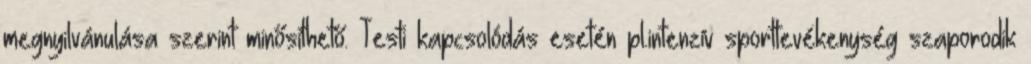
megnyilvánulása szerint minősíthető. Testi kapcsolódás esetén pl.intenzív sporttevékenység szaporodik